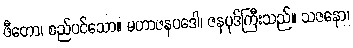
ဖီတော၊ စည်ပင်သော။ မဟာဇနပဒေါ၊ ဇနပုဒ်ကြီးသည်။ သဇနော၊